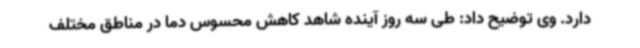
دارد. وی توضیح داد: طی سه روز آینده شاهد کاهش محسوس دما در مناطق مختلف